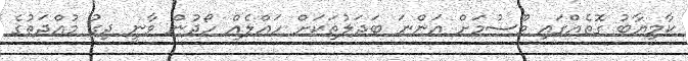
ކާމިޔާބު ގޮތެއްގައި މޫސުމަށް އަންނަ ބަދަލުތަކަށް ހައްލެއް ހޯދުން ވާނީ ދިގު މުއްދަތުގެ